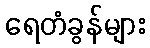
ရေတံခွန်များ